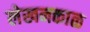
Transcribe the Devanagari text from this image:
लेखनकाळ